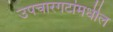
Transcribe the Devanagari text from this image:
उपचारगटांमधील